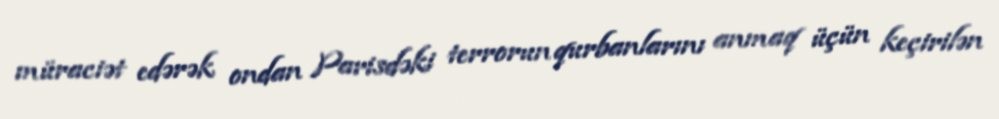
müraciət edərək ondan Parisdəki terrorun qurbanlarını anmaq üçün keçirilən